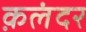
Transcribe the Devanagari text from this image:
क़लंदर